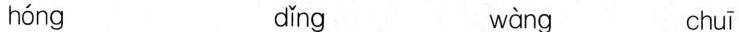
hóng dǐng wàng chuī